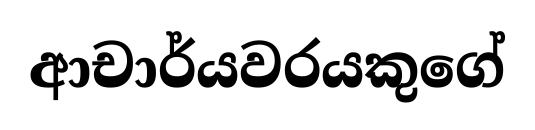
ආචාර්යවරයකුගේ